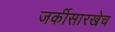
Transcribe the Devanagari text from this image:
जर्कीसारखेच